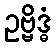
ဥဗ္ဗိဒ္ဓံ